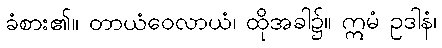
ခံစား၏။ တာယံဝေလာယံ၊ ထိုအခါ၌။ ဣမံ ဥဒါနံ၊